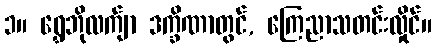
၁။ ရွှေဘိုလက်ျာ ဒက္ခိဏာတွင်, ကြေညာသတင်းလှိုင်။